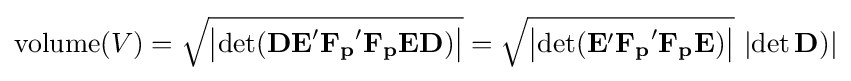
\operatorname {volume} (V)={\sqrt {\left|\operatorname {det} (\mathbf {DE} '\mathbf {F_{p}} '\mathbf {F_{p}ED} )\right|}}={\sqrt {\left|\operatorname {det} (\mathbf {E} '\mathbf {F_{p}} '\mathbf {F_{p}E} )\right|}}\,\left|\operatorname {det} \mathbf {D} )\right|